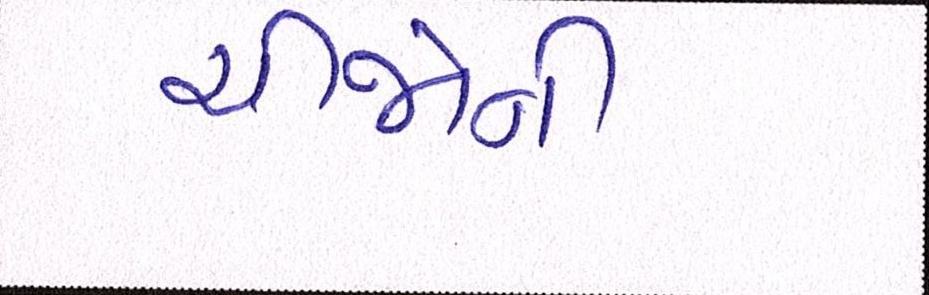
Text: ચીજોની